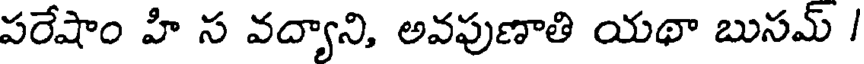
పరేషాం హి స వద్యాని, అవపుణాతి యథా బుసమ్ /